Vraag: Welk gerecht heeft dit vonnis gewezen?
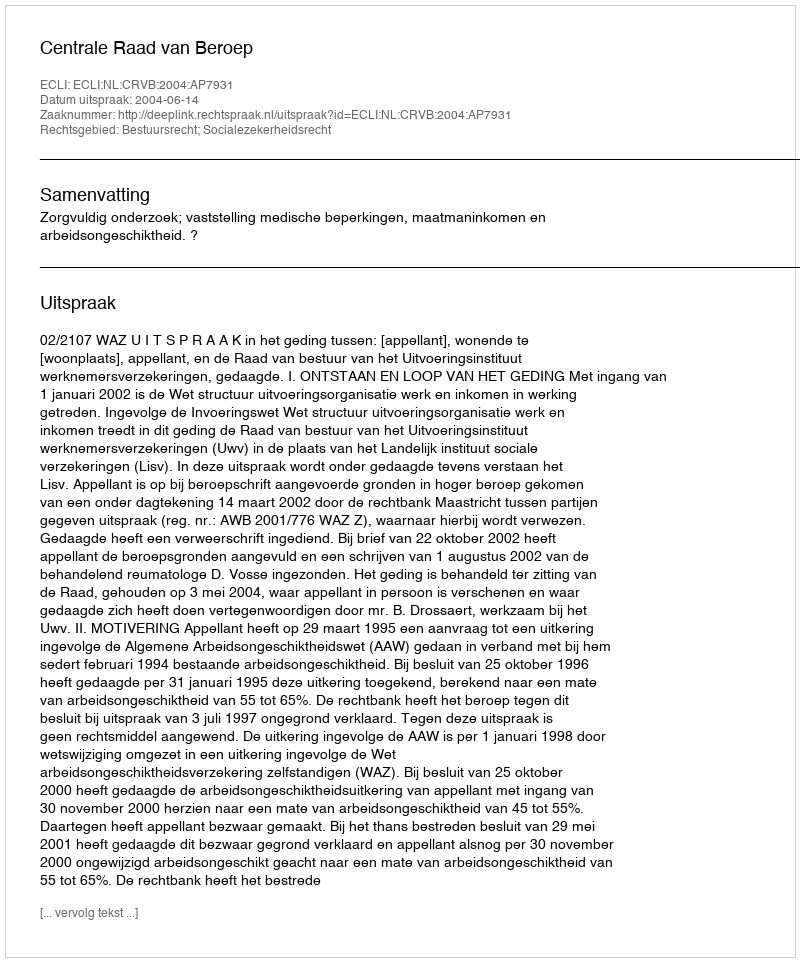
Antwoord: Centrale Raad van Beroep